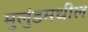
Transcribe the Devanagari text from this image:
मुलुंडमधील